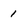
Character: 1